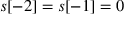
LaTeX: s [ - 2 ] = s [ - 1 ] = 0